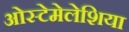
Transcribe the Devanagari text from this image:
ओस्टेमेलेशिया